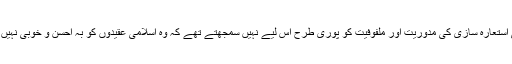
کچھ اشعار کی شرحوں کے تقابلی مطالعے سے یہ صاف ظاہر ہوتا تھا کہ جوش صاحب غالب کی استعارہ سازی کی مدوریت اور ملفوفیت کو پوری طرح اس لیے نہیں سمجھتے تھے کہ وہ اسلامی عقیدوں کو بہ احسن و خوبی نہیں جانتے تھے اور اپنی مرضی سے غالب کے اشعار کے ساتھ اپنی شرح کو منسلک کر دیتے تھے۔